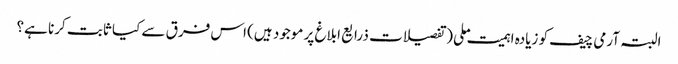
البتہ آرمی چیف کو زیادہ اہمیت ملی (تفصیلات ذرایع ابلاغ پر موجود ہیں) اس فرق سے کیا ثابت کرنا ہے؟